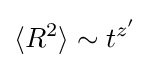
\langle R^{2}\rangle \sim t^{z'}